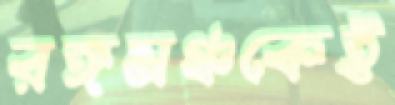
রঙ্গমঞ্চকেই